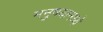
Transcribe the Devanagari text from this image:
मनुषयामध्ये